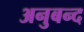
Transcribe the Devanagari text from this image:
अनुबन्द